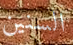
السنين